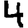
Digit: 4